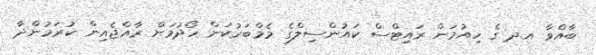
ބާއްވާ އ.ދ ގެ ހިއުމަން ރައިޓްސް ކައުންސިލްގެ މެމްބަރުކަން ހޯދުމަށް ރާއްޖެއިން ކުރަމުންދާ